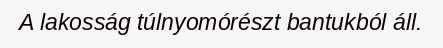
A lakosság túlnyomórészt bantukból áll.